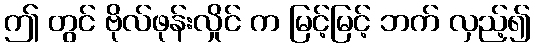
ဤ တွင် ဗိုလ်ဖုန်းလှိုင် က မြင့်မြင့် ဘက် လှည့်၍